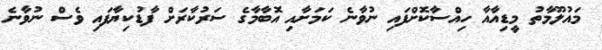
މައުލޫމާތު މީޑިއާއާ ހިއްސާކޮށްފައި ނުވާނެ ކަމަށާއި އޮބާމާގެ ސަރުކާރަށް ފާޑުކިޔާފައި ވެސް ނުވާނެ